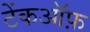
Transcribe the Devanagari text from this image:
टेंकऑफ़